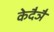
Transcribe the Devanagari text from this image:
केदैञै